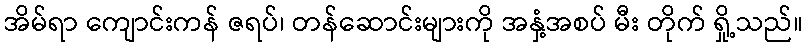
အိမ်ရာ ကျောင်းကန် ဇရပ်၊ တန်ဆောင်းများကို အနှံ့အစပ် မီး တိုက် ရှို့သည်။